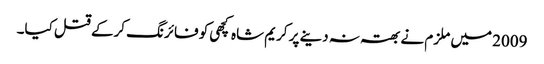
2009 میں ملزم نے بھتہ نہ دینے پر کریم شاہ کچھی کو فائرنگ کرکے قتل کیا۔